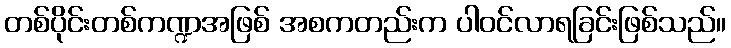
တစ်ပိုင်းတစ်ကဏ္ဍအဖြစ် အစကတည်းက ပါဝင်လာရခြင်းဖြစ်သည်။